Report on the bubonic plague in Bombay, 1896-1897
Year: 1896
Disease focus: Plague
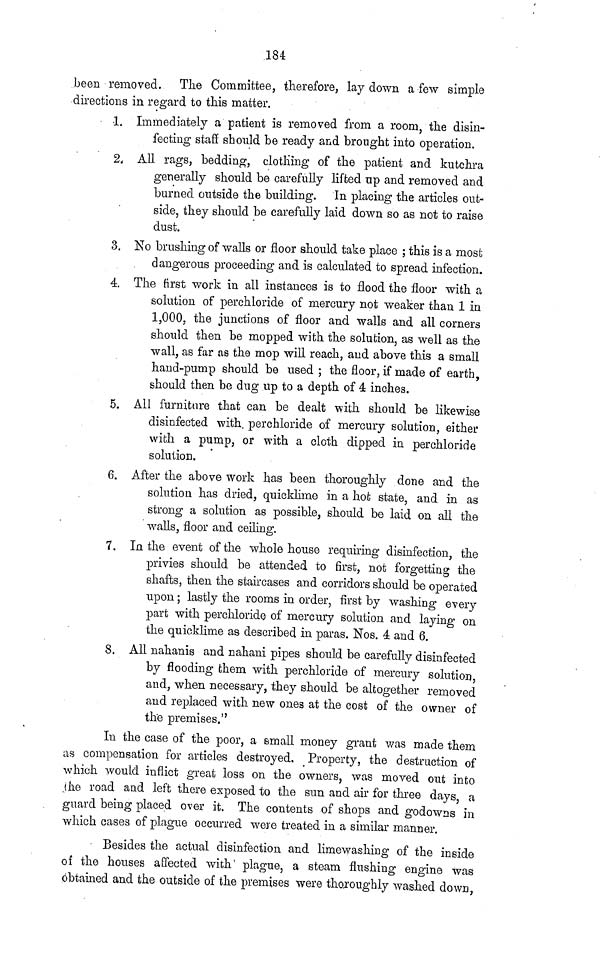
184
been removed. The Committee, therefore, lay down a few simple
directions in regard to this matter.
1. Immediately a patient is removed from a room, the disin-
fecting staff should be ready and brought into operation.
2. All rags, bedding, clothing of the patient and kutchra
generally should be carefully lifted up and removed and
burned outside the building. In placing the articles out-
side, they should be carefully laid down so as not to raise
dust.
3. No brushing of walls or floor should take place ; this is a most
dangerous proceeding and is calculated to spread infection.
4. The first work in all instances is to flood the floor with a
solution of perchloride of mercury not weaker than 1 in
1,000, the junctions of floor and walls and all corners
should then be mopped with the solution, as well as the
wall, as far as the mop will reach, and above this a small
hand-pump should be used ; the floor, if made of earth,
should then be dug up to a depth of 4 inches.
5. All furniture that can be dealt with should be likewise
disinfected with, perchloride of mercury solution, either
wich a pump, or with a cloth dipped in perchloride
solution.
6. After the above work has been thoroughly done and the
solution has dried, quicklime in a hot state, and in as
strong a solution as possible, should be laid on all the
walls, floor and ceiling.
7. In the event of the whole house requiring disinfection, the
privies should be attended to first, not forgetting the
shafts, then the staircases and corridors should be operated
upon ; lastly the rooms in order, first by washing every
part with perchloride of mercury solution and laying on
the quicklime as described in paras. Nos. 4. and 6.
8. All nahanis and nahani pipes should be carefully disinfected
by flooding them with perchloride of mercury solution,
and, when necessary, they should be altogether removed
and replaced with new ones at the cost of the owner of
the premises."
In the case of the poor, a small money grant was made them
as compensation for articles destroyed. Property, the destruction of
which would inflict great loss on the owners, was moved out into
the road and left there exposed to the sun and air for three days, a
guard being placed over it. The contents of shops and godowns in
which cases of plague occurred were treated in a similar manner.
Besides the actual disinfection and limewashing of the inside
of the houses affected with plague, a steam flushing engine was
obtained and the outside of the premises were thoroughly washed down,